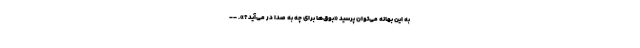
به این بهانه می‌توان پرسید «بوق‌ها برای چه به صدا در می‌آید؟». --